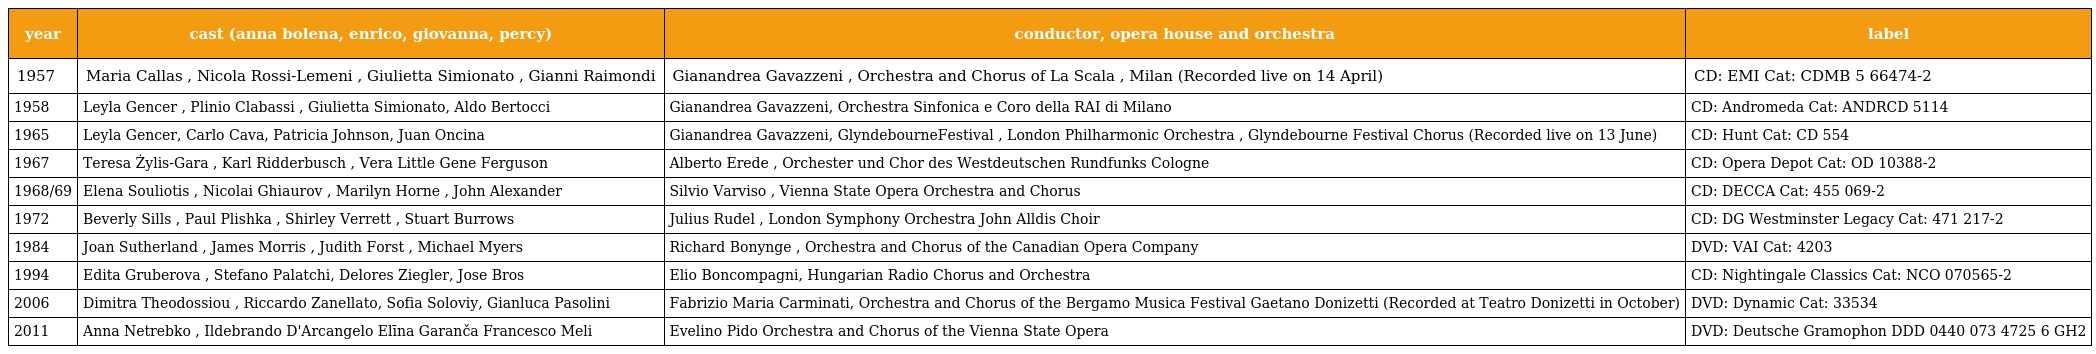
| year | cast (anna bolena, enrico, giovanna, percy) | conductor, opera house and orchestra | label |
 | --- | --- | --- | --- |
 | 1957 | Maria Callas , Nicola Rossi-Lemeni , Giulietta Simionato , Gianni Raimondi | Gianandrea Gavazzeni , Orchestra and Chorus of La Scala , Milan (Recorded live on 14 April) | CD: EMI Cat: CDMB 5 66474-2 |
 | 1958 | Leyla Gencer , Plinio Clabassi , Giulietta Simionato, Aldo Bertocci | Gianandrea Gavazzeni, Orchestra Sinfonica e Coro della RAI di Milano | CD: Andromeda Cat: ANDRCD 5114 |
 | 1965 | Leyla Gencer, Carlo Cava, Patricia Johnson, Juan Oncina | Gianandrea Gavazzeni, GlyndebourneFestival , London Philharmonic Orchestra , Glyndebourne Festival Chorus (Recorded live on 13 June) | CD: Hunt Cat: CD 554 |
 | 1967 | Teresa Żylis-Gara , Karl Ridderbusch , Vera Little Gene Ferguson | Alberto Erede , Orchester und Chor des Westdeutschen Rundfunks Cologne | CD: Opera Depot Cat: OD 10388-2 |
 | 1968/69 | Elena Souliotis , Nicolai Ghiaurov , Marilyn Horne , John Alexander | Silvio Varviso , Vienna State Opera Orchestra and Chorus | CD: DECCA Cat: 455 069-2 |
 | 1972 | Beverly Sills , Paul Plishka , Shirley Verrett , Stuart Burrows | Julius Rudel , London Symphony Orchestra John Alldis Choir | CD: DG Westminster Legacy Cat: 471 217-2 |
 | 1984 | Joan Sutherland , James Morris , Judith Forst , Michael Myers | Richard Bonynge , Orchestra and Chorus of the Canadian Opera Company | DVD: VAI Cat: 4203 |
 | 1994 | Edita Gruberova , Stefano Palatchi, Delores Ziegler, Jose Bros | Elio Boncompagni, Hungarian Radio Chorus and Orchestra | CD: Nightingale Classics Cat: NCO 070565-2 |
 | 2006 | Dimitra Theodossiou , Riccardo Zanellato, Sofia Soloviy, Gianluca Pasolini | Fabrizio Maria Carminati, Orchestra and Chorus of the Bergamo Musica Festival Gaetano Donizetti (Recorded at Teatro Donizetti in October) | DVD: Dynamic Cat: 33534 |
 | 2011 | Anna Netrebko , Ildebrando D'Arcangelo Elīna Garanča Francesco Meli | Evelino Pido Orchestra and Chorus of the Vienna State Opera | DVD: Deutsche Gramophon DDD 0440 073 4725 6 GH2 |